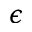
\epsilon